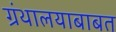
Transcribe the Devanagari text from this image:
ग्रंथालयाबाबत